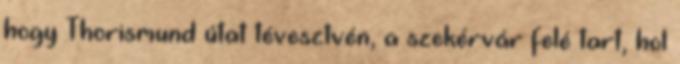
hogy Thorismund útat tévesztvén, a szekérvár felé tart, hol